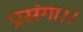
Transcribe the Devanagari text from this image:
प्रसंगा।।